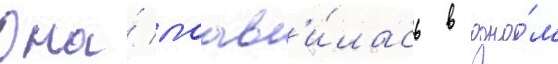
Она́ поав'и́лась в одно́м